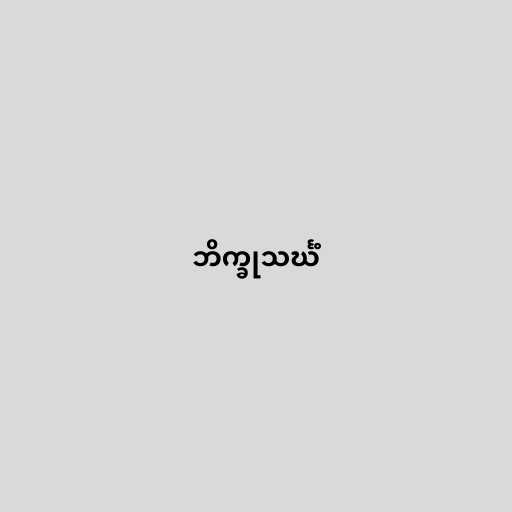
ဘိက္ခုသင်္ဃံ